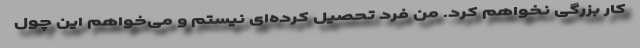
کار بزرگی نخواهم کرد. من فرد تحصیل کرده‌ای نیستم و می‌خواهم این چول